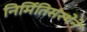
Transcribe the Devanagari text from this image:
निर्मितिसंस्थेने